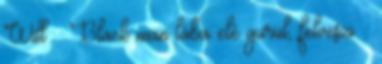
Will Black man lába elé gurul, felveszi –